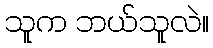
သူက ဘယ်သူလဲ။